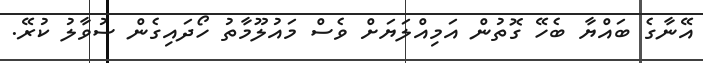
އޭނާގެ ބައްޔާ ބެހޭ ގޮތުން އަމިއްލަޔަށް ވެސް މައުލޫމާތު ހޯދައިގެން ސުވާލު ކުރޭ.